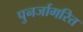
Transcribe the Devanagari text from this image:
पुनर्जागरित